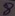
Text: 8